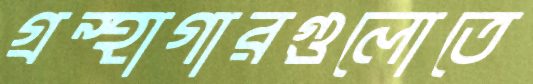
গ্রন্থাগারগুলোতে